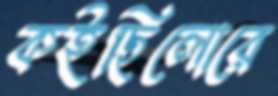
কইছিলোরে